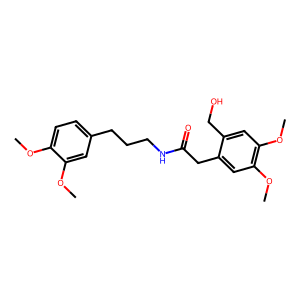
SMILES: COc1ccc(CCCNC(=O)Cc2cc(OC)c(OC)cc2CO)cc1OC
Inhibits HIV replication: No